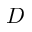
D